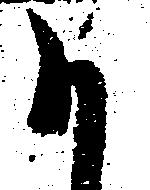
か